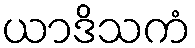
ယာဒိသကံ